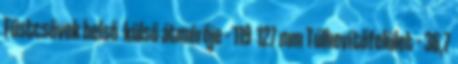
Füstcsövek belső külső átmérője – 119 127 mm Túlhevítőfelület – 36,7